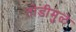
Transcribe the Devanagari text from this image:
तोडीमुळे